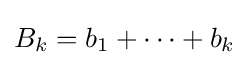
B_{k}=b_{1}+\cdots +b_{k}